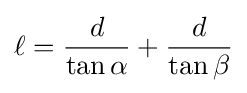
\ell ={\frac {d}{\tan \alpha }}+{\frac {d}{\tan \beta }}